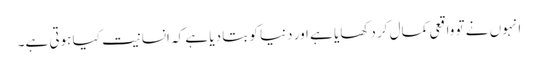
انہوں نے تو واقعی کمال کر دکھایا ہے اور دنیا کو بتا دیا ہے کہ انسانیت کیا ہوتی ہے۔